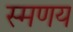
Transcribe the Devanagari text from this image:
स्मणय